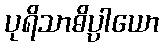
ပုရိသာဓိပ္ပါယော